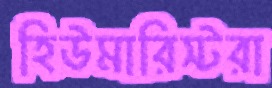
হিউমারিস্টরা